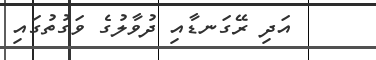
އަދި ރޭގަނޑާއި ދުވާލުގެ ވަގުތުގައި